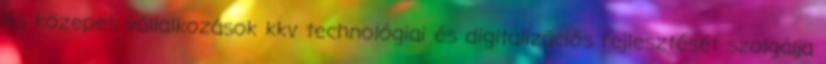
és közepes vállalkozások kkv technológiai és digitalizációs fejlesztését szolgálja